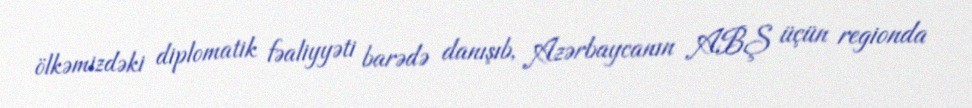
ölkəmizdəki diplomatik fəaliyyəti barədə danışıb, Azərbaycanın ABŞ üçün regionda